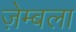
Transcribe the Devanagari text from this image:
ज़ेम्बला